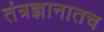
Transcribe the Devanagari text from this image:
तंत्रज्ञानातच